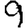
Digit: 9